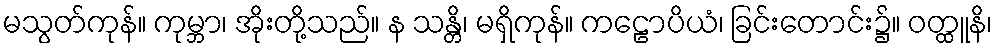
မသွတ်ကုန်။ ကုမ္ဘာ၊ အိုးတို့သည်။ န သန္တိ၊ မရှိကုန်။ ကဠောပိယံ၊ ခြင်းတောင်း၌။ ဝတ္ထူနိ၊